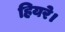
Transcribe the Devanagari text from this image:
हियरे।